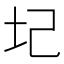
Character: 圮